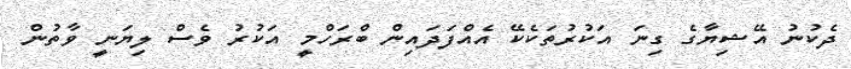
ދެކުނު އޭޝިޔާގެ ގިނަ އަކުރުތަކެކޭ އެއްފަދައިން ބްރަހްމީ އަކުރު ވެސް ލިޔަނީ ވާތުން